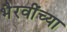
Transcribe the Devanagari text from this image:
भैरवींच्या